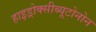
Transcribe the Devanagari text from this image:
हाइड्रोक्सीब्यूटोनोन